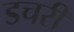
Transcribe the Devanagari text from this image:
डचरी